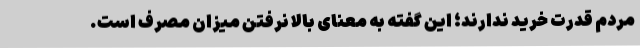
مردم قدرت خرید ندارند؛ این گفته به معنای بالا نرفتن میزان مصرف است.